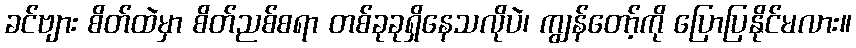
ခင်ဗျား စိတ်ထဲမှာ စိတ်ညစ်စရာ တစ်ခုခုရှိနေသလိုပဲ၊ ကျွန်တော့်ကို ပြောပြနိုင်မလား။